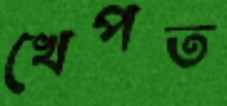
খেপত